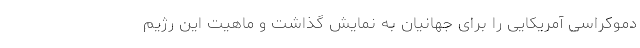
دموکراسی آمریکایی را برای جهانیان به نمایش گذاشت و ماهیت این رژیم